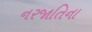
નરજાતિના